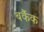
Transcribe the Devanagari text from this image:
बर्कैक